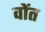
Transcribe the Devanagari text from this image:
वोंत